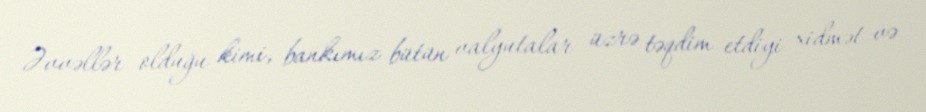
Əvvəllər olduğu kimi, bankımız bütün valyutalar üzrə təqdim etdiyi xidmət və